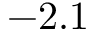
- 2 . 1